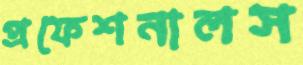
প্রফেশনালস